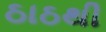
ઠાઠથી